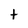
Character: t